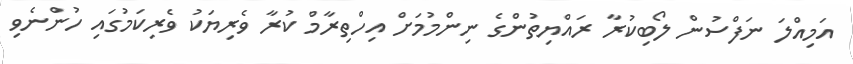
އަމިއްލަ ނަފްސުން ލޯބިކުރާ ރައްޔިތުންގެ ނިންމުމަށް އިހްތިރާމް ކުރާ ވެރިޔަކު ވެރިކަމުގައި ހުންނެވި